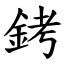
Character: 銬